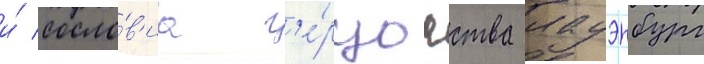
и́ сосло́в'иа г'е́рцогства лауэнбург